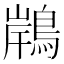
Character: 𪂢